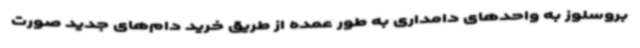
بروسلوز به واحدهای دامداری به طور عمده از طریق خرید دام‌های جدید صورت